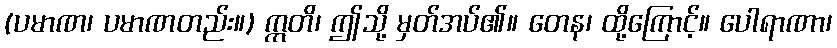
(ပမာဏ၊ ပမာဏတည်း။) ဣတိ၊ ဤသို့ မှတ်အပ်၏။ တေန၊ ထို့ကြောင့်။ ပေါရာဏာ၊